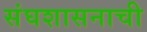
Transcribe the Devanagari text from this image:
संघशासनाची